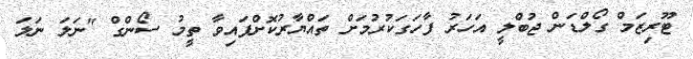
ޓޫރިޒަމް ގޯލްޑަން ޖުބްލީ އަހަރު ފާހަގަކުރުމަށް ތައްޔާރުކޮށްފައިވާ ތީމު ސޯންގް "ނަލަ ނަލަ